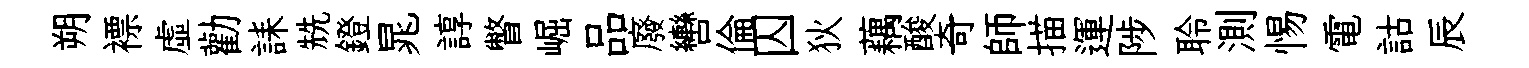
朔褾虚勸誄兟鐙晁諄瞥崛品廢轡倫囚狄藕酸奇師描運陟聆測惕電詁辰